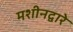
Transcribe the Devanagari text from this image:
मशीनद्वारे